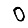
Digit: 0